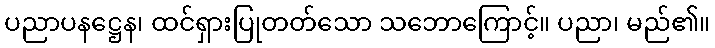
ပညာပနဋ္ဌေန၊ ထင်ရှားပြုတတ်သော သဘောကြောင့်။ ပညာ၊ မည်၏။